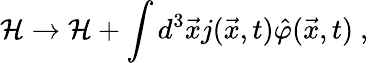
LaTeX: {\cal H}\rightarrow{\cal H}+\int d^{3}{\vec{x}}j({\vec{x}},t){\hat{\varphi}}{(\vec{x}},t)\ ,